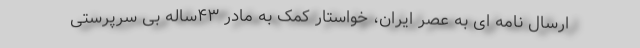
ارسال نامه ای به عصر ایران، خواستار کمک به مادر ۴۳ساله بی سرپرستی